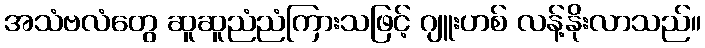
အသံဗလံတွေ ဆူဆူညံညံကြားသဖြင့် ဂျူးဟစ် လန့်နိုးလာသည်။